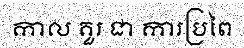
កាល គួរ ជា ការប្រពៃ